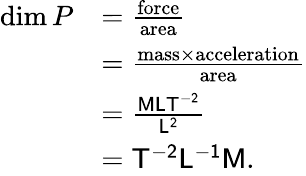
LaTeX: {\begin{array}{rl}{\dim P}&{={\frac{\mathrm{force}}{\mathrm{area}}}}\\ &{={\frac{{\mathrm{mass}}\times{\mathrm{acceleration}}}{\mathrm{area}}}}\\ &{={\frac{\mathsf{MLT^{-2}}}{\mathsf{L^{2}}}}}\\ &{={\mathsf{T^{-2}L^{-1}M}}.}\end{array}}